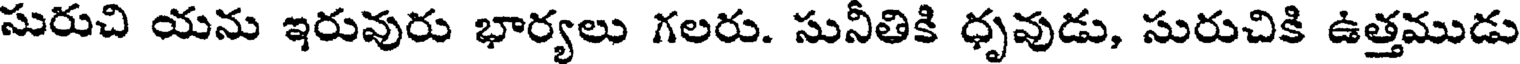
సురుచి యను ఇరువురు భార్యలు గలరు. సునీతికి ధృవుడు, సురుచికి ఉత్తముడు